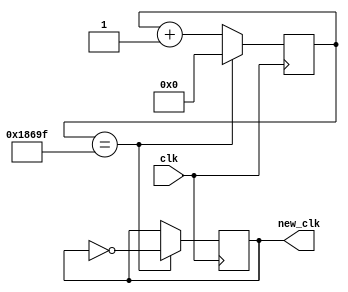
`timescale 1ns / 1ps
//////////////////////////////////////////////////////////////////////////////////
// Company: 
// Engineer: 
// 
// Design Name: 
// Module Name: clk_div
// Project Name: 
// Target Devices: 
// Tool Versions: 
// Description: 
// 
// Dependencies: 
// 
// Revision:
// Revision 0.01 - File Created
// Additional Comments:
// 
//////////////////////////////////////////////////////////////////////////////////


module clk_div(input clk,output reg new_clk
    );
    reg [31:0] count;
    initial count=0;
    always @(posedge clk)
    begin
        if (count==99999)
        begin
        count = 0;
        new_clk = ~new_clk;
        end
        else
        count = count + 1;
    end
endmodule